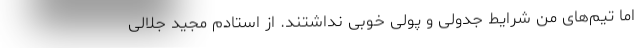
اما تیم‌های من شرایط جدولی و پولی خوبی نداشتند. از استادم مجید جلالی